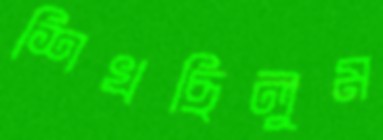
শিখছিলুম